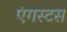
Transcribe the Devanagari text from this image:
एंगस्टस